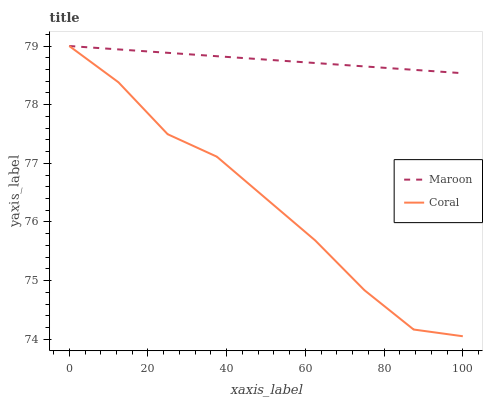
| xaxis_label | Maroon | Coral |
 | --- | --- | --- |
 | 0 | 79 | 79 |
 | 12.5 | 78.9 | 78.4 |
 | 25 | 78.9 | 77.5 |
 | 37.5 | 78.8 | 77.1 |
 | 50 | 78.8 | 76.4 |
 | 62.5 | 78.7 | 75.7 |
 | 75 | 78.7 | 74.8 |
 | 87.5 | 78.6 | 74.2 |
 | 100 | 78.5 | 74.1 |